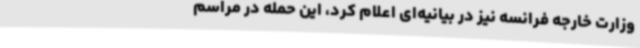
وزارت خارجه فرانسه نیز در بیانیه‌ای اعلام کرد، این حمله در مراسم